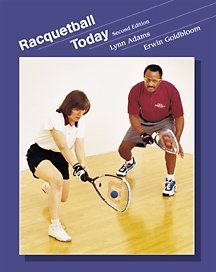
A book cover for Racquetball Today (Wadsworth Health Fitness); Lynn Adams; Sports & Outdoors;